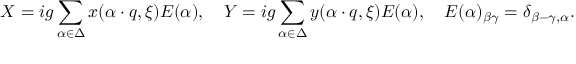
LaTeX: X = i g \sum _ { \alpha \in \Delta } x ( \alpha \cdot q , \xi ) E ( \alpha ) , \quad Y = i g \sum _ { \alpha \in \Delta } y ( \alpha \cdot q , \xi ) E ( \alpha ) , \quad E ( \alpha ) _ { \beta \gamma } = \delta _ { \beta - \gamma , \alpha } .